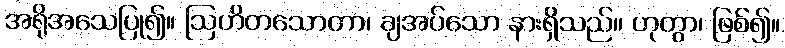
အရိုအသေပြု၍။ ဩဟိတသောတာ၊ ချအပ်သော နားရှိသည်။ ဟုတွာ၊ ဖြစ်၍။